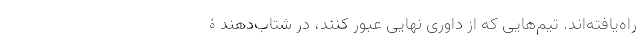
راه‌یافته‌اند. تیم‌هایی که از داوری نهایی عبور کنند، در شتاب‌دهندۀ